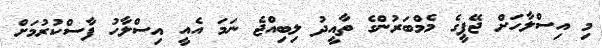
މި އިސްލާހަށް ޖޭޕީގެ މެމްބަރުންގެ ތާއީދު ލިބިއްޖެ ނަމަ އެއީ އިސްލާހު ފާސްކުރުމަށް